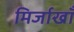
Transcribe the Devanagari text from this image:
मिर्जाखाँ